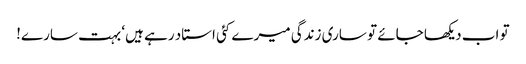
تو اب دیکھا جائے تو ساری زندگی میرے کئی استاد رہے ہیں‘ بہت سارے!